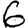
Digit: 6